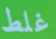
غلط